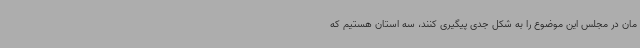
مان در مجلس این موضوع را به شکل جدی پیگیری کنند، سه استان هستیم که